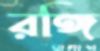
রঙ্গি